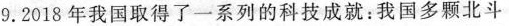
9.2018年我国取得了一系列的科技成就:我国多颗北斗